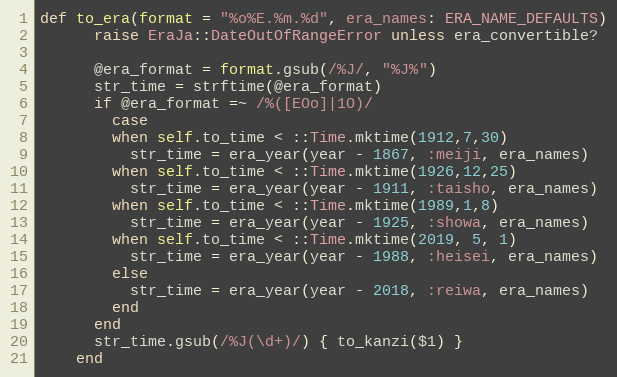
Language: Ruby
def to_era(format = "%o%E.%m.%d", era_names: ERA_NAME_DEFAULTS)
      raise EraJa::DateOutOfRangeError unless era_convertible?

      @era_format = format.gsub(/%J/, "%J%")
      str_time = strftime(@era_format)
      if @era_format =~ /%([EOo]|1O)/
        case
        when self.to_time < ::Time.mktime(1912,7,30)
          str_time = era_year(year - 1867, :meiji, era_names)
        when self.to_time < ::Time.mktime(1926,12,25)
          str_time = era_year(year - 1911, :taisho, era_names)
        when self.to_time < ::Time.mktime(1989,1,8)
          str_time = era_year(year - 1925, :showa, era_names)
        when self.to_time < ::Time.mktime(2019, 5, 1)
          str_time = era_year(year - 1988, :heisei, era_names)
        else
          str_time = era_year(year - 2018, :reiwa, era_names)
        end
      end
      str_time.gsub(/%J(\d+)/) { to_kanzi($1) }
    end